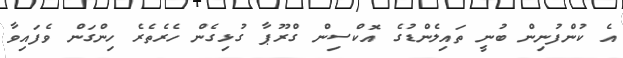
އެ ކުންފުނިން ބުނީ ތައިލެންޑުގެ އޮކްސިން ގްރޫޕާ ގުޅިގެން ހެރެތެރެ ހިންގަން ވެފައިވާ